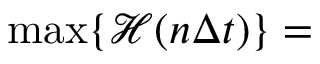
\operatorname* { m a x } \{ \mathcal H ( n \Delta t ) \} =